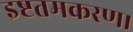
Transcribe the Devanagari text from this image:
इष्टतमकरण।